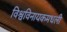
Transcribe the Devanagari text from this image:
विश्वविनायकमधली